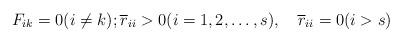
LaTeX: \begin{align*}F_{ik}=0(i\ne k);\overline{r}_{ii}>0(i=1,2,\ldots,s),\quad\overline{r}_{ii}=0 (i>s)\end{align*}